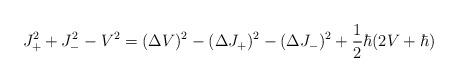
LaTeX: \begin{align*} J_+^2+J_-^2-V^2= (\Delta V)^2-(\Delta J_+)^2-(\Delta J_-)^2+\frac{1}{2} \hbar(2V+\hbar)\end{align*}